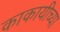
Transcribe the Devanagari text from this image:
काकायीच्या